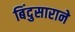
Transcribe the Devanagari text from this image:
बिंदुसाराने